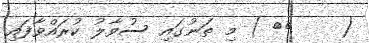
(    ١٧ ) މި ތަނުގައި ސުވާލު ކުރައްވާފައި